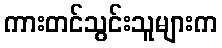
ကားတင်သွင်းသူများက